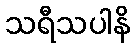
သရီသပါနိ